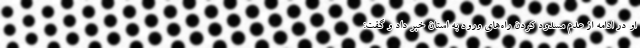
او در ادامه از عدم مسدود کردن راه‌های ورود به استان خبر داد و گفت: